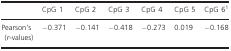
|  | CpG 1 | CpG 2 | CpG 3 | CpG 4 | CpG 5 | CpG 6a |
 | --- | --- | --- | --- | --- | --- | --- |
 | Pearson's (r‐values) | −0.371 | −0.141 | −0.418 | −0.273 | 0.019 | −0.168 |